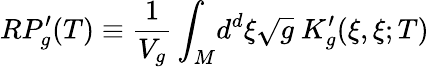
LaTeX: RP_{g}^{\prime}(T)\equiv\frac{1}{V_{g}}\int_{M}\! d^{d}\xi\sqrt{g}\ K_{g}^{\prime}(\xi,\xi;T)